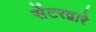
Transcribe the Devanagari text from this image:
सेंटरद्वारे